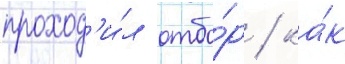
проход'и́л отбо́р / ка́к